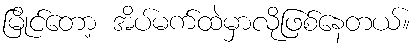
မြိုင်တော့ အိပ်မက်ထဲမှာလိုဖြစ်နေတယ်။